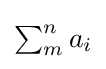
{\textstyle \sum _{m}^{n}a_{i}}